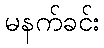
မနက်ခင်း